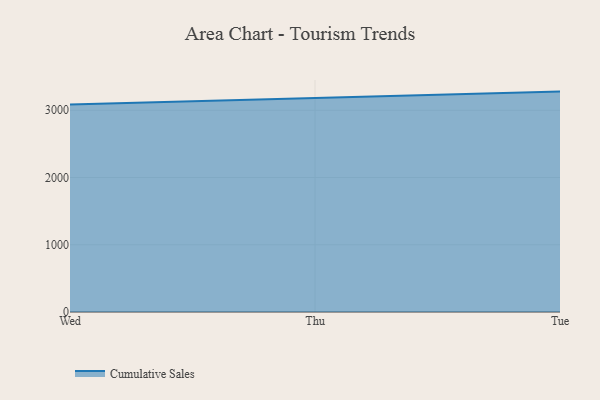
{"axis": {"x": "Day", "y": "Market Share (%)"}, "legend": ["Cumulative Sales"], "data": [{"x": "Wed", "y": 3084.6, "type": "Cumulative Sales"}, {"x": "Thu", "y": 3186.0, "type": "Cumulative Sales"}, {"x": "Tue", "y": 3277.3, "type": "Cumulative Sales"}]}